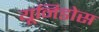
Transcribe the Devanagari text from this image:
यूनिडोस